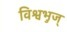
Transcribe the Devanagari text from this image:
विश्वभुज्‌